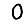
Digit: 0